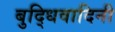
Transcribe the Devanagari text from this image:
बुद्धिवादिनी